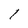
Character: l